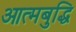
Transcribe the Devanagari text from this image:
आत्मबुद्धि